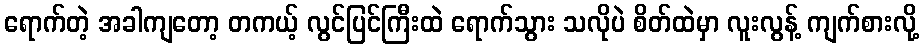
ရောက်တဲ့ အခါကျတော့ တကယ့် လွင်ပြင်ကြီးထဲ ရောက်သွား သလိုပဲ စိတ်ထဲမှာ လူးလွန့် ကျက်စားလို့